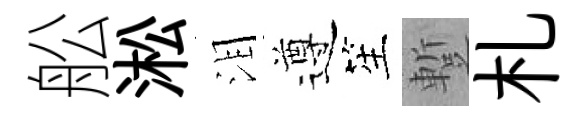
舩淞泪遵笙蹔札